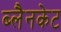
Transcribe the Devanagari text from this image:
ब्लैनकेट